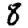
Digit: 8